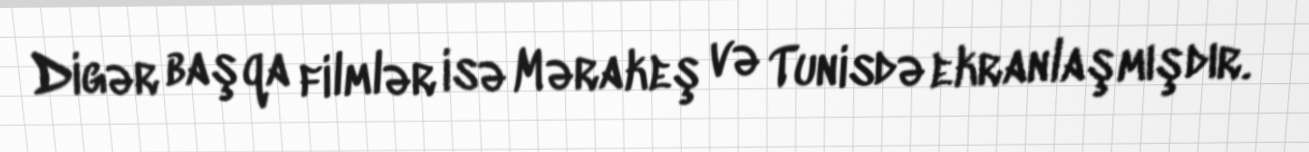
Digər başqa filmlər isə Mərakeş və Tunisdə ekranlaşmışdır.